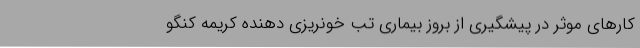
کارهای موثر در پیشگیری از بروز بیماری تب خونریزی دهنده کریمه کنگو